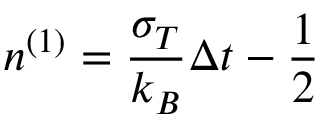
n ^ { ( 1 ) } = \frac { \sigma _ { T } } { k _ { B } } \Delta t - \frac { 1 } { 2 }